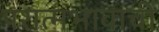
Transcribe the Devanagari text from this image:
परात्मभावाची